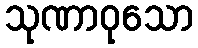
သုဏာဝုသော